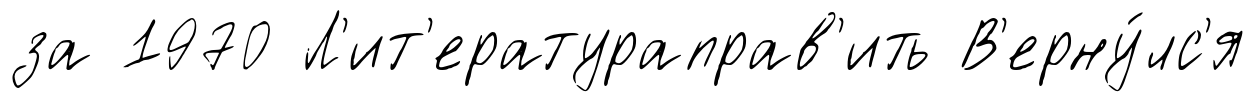
за 1970 Л'ит'ератураправ'ить В'ерну́лс'я